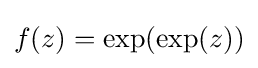
f(z)=\exp(\exp(z))